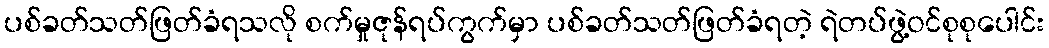
ပစ်ခတ်သတ်ဖြတ်ခံရသလို စက်မှုဇုန်ရပ်ကွက်မှာ ပစ်ခတ်သတ်ဖြတ်ခံရတဲ့ ရဲတပ်ဖွဲ့ဝင်စုစုပေါင်း